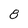
Character: 8